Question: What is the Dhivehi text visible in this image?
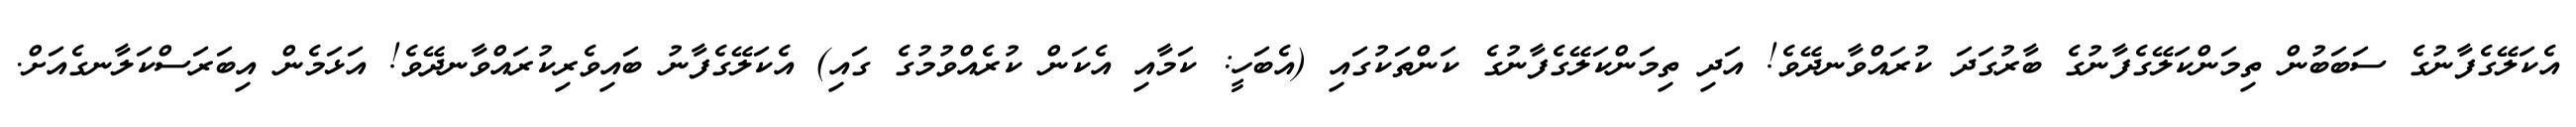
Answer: އެކަލޭގެފާނުގެ ސަބަބުން ތިމަންކަލޭގެފާނުގެ ބާރުގަދަ ކުރައްވާނދޭވެ! އަދި ތިމަންކަލޭގެފާނުގެ ކަންތަކުގައި (އެބަހީ: ކަމާއި އެކަން ކުރެއްވުމުގެ ގައި) އެކަލޭގެފާނު ބައިވެރިކުރައްވާނދޭވެ! އަޅަމެން އިބަރަސްކަލާނގެއަށް.